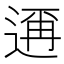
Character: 𮞙